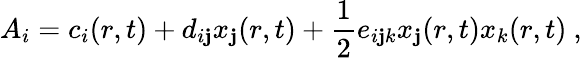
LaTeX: A_{i}=c_{i}(r,t)+d_{i\mathbf{j}}x_{\mathbf{j}}(r,t)+\frac{{1}}{{2}}e_{i\mathbf{j}k}x_{\mathbf{j}}(r,t)x_{k}(r,t)~,